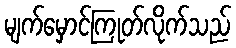
မျက်မှောင်ကြုတ်လိုက်သည်